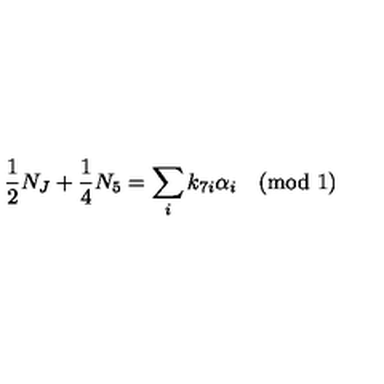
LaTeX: { \frac { 1 } { 2 } } N _ { J } + { \frac { 1 } { 4 } } N _ { 5 } = \sum _ { i } k _ { 7 i } \alpha _ { i } \quad ( \mathrm { m o d \ 1 } )